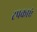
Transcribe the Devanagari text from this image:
टपकाएं